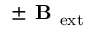
\pm \textbf { B } _ { \mathrm { e x t } }